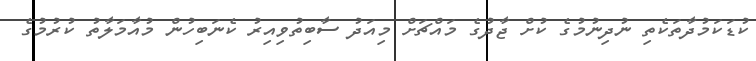
ކުޑަކަމުދާތަކެތި ނުދިނުމުގެ ކުށް ޖާދުގެ މައްޗަށް މިއަދު ސާބިތުވިއިރު ކެނަބިހުން މުއާމަލާތު ކުރުމުގެ